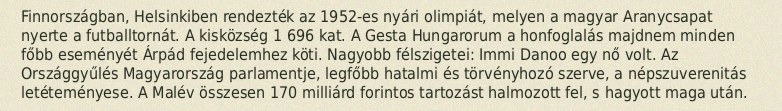
Finnországban, Helsinkiben rendezték az 1952-es nyári olimpiát, melyen a magyar Aranycsapat nyerte a futballtornát. A kisközség 1 696 kat. A Gesta Hungarorum a honfoglalás majdnem minden főbb eseményét Árpád fejedelemhez köti. Nagyobb félszigetei: Immi Danoo egy nő volt. Az Országgyűlés Magyarország parlamentje, legfőbb hatalmi és törvényhozó szerve, a népszuverenitás letéteményese. A Malév összesen 170 milliárd forintos tartozást halmozott fel, s hagyott maga után.